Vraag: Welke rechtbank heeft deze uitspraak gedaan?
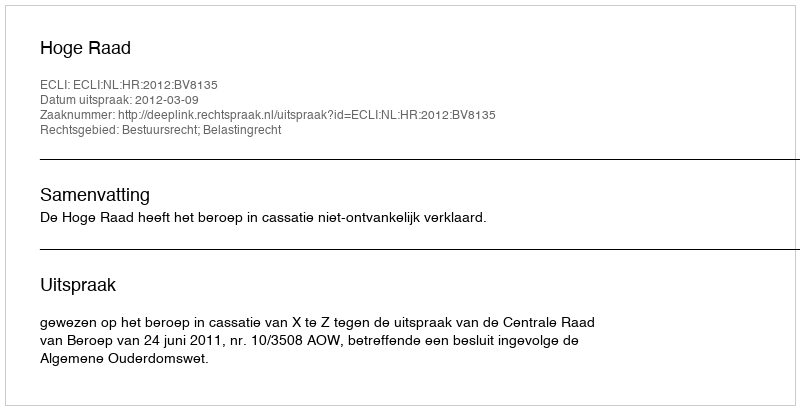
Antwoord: Hoge Raad